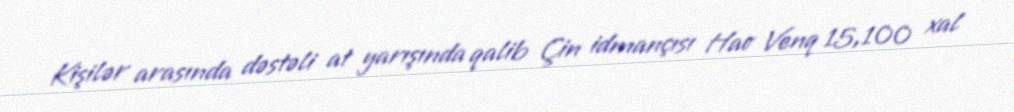
Kişilər arasında dəstəli at yarışında qalib Çin idmançısı Hao Venq 15,100 xal